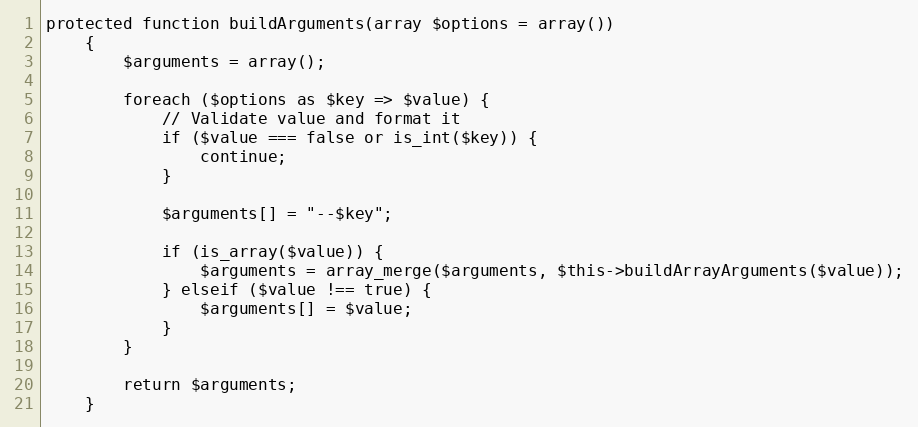
Language: PHP
protected function buildArguments(array $options = array())
    {
        $arguments = array();

        foreach ($options as $key => $value) {
            // Validate value and format it
            if ($value === false or is_int($key)) {
                continue;
            }

            $arguments[] = "--$key";

            if (is_array($value)) {
                $arguments = array_merge($arguments, $this->buildArrayArguments($value));
            } elseif ($value !== true) {
                $arguments[] = $value;
            }
        }

        return $arguments;
    }